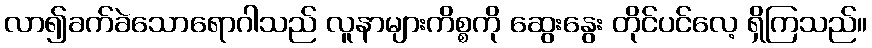
လာ၍ခက်ခဲသောရောဂါသည် လူနာများကိစ္စကို ဆွေးနွေး တိုင်ပင်လေ့ ရှိကြသည်။